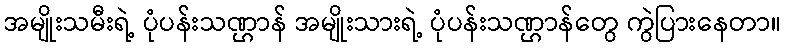
အမျိုးသမီးရဲ့ ပုံပန်းသဏ္ဌာန် အမျိုးသားရဲ့ ပုံပန်းသဏ္ဌာန်တွေ ကွဲပြားနေတာ။